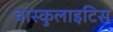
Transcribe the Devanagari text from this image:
वास्कुलाइटिस